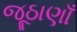
જૂઠાણાઁ